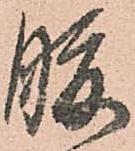
腹